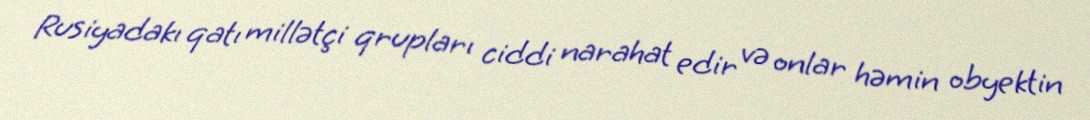
Rusiyadakı qatı millətçi qrupları ciddi narahat edir və onlar həmin obyektin